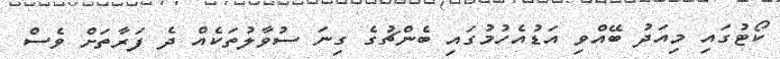
ކޯޓުގައި މިއަދު ބޭއްވި އަޑުއެހުމުގައި ބެންޗުގެ ގިނަ ސުވާލުތަކެއް ދެ ފަރާތަށް ވެސް